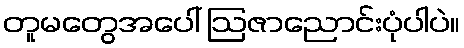
တူမတွေအပေါ် ဩဇာညောင်းပုံပါပဲ။